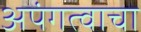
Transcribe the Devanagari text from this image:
अपंगत्वाचा